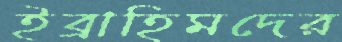
ইব্রাহিমদের